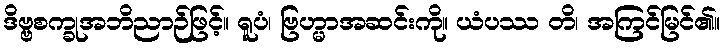
ဒိဗ္ဗစက္ခုအဘိညာဉ်ဖြင့်။ ရူပံ၊ ဗြဟ္မာအဆင်းကို။ ယံပဿ တိ၊ အကြင်မြင်၏။